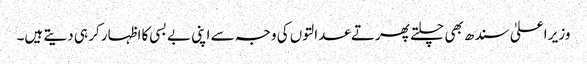
وزیر اعلیٰ سندھ بھی چلتے پھرتے عدالتوں کی وجہ سے اپنی بے بسی کا اظہار کر ہی دیتے ہیں۔